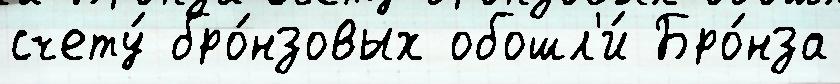
счету́ бро́нзовых обошл'и́ Бро́нза